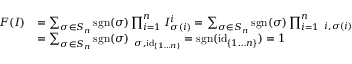
{ \begin{array} { r l } { F ( I ) } & { = \sum _ { \sigma \in S _ { n } } \operatorname { s g n } ( \sigma ) \prod _ { i = 1 } ^ { n } I _ { \sigma ( i ) } ^ { i } = \sum _ { \sigma \in S _ { n } } \operatorname { s g n } ( \sigma ) \prod _ { i = 1 } ^ { n } \operatorname { \delta } _ { i , \sigma ( i ) } } \\ & { = \sum _ { \sigma \in S _ { n } } \operatorname { s g n } ( \sigma ) \operatorname { \delta } _ { \sigma , \operatorname { i d } _ { \{ 1 \ldots n \} } } = \operatorname { s g n } ( \operatorname { i d } _ { \{ 1 \ldots n \} } ) = 1 } \end{array} }